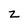
Character: z